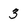
Character: 3